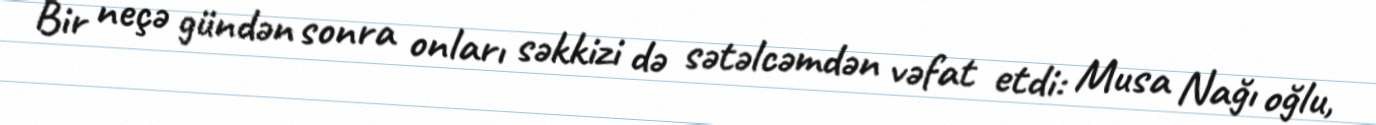
Bir neçə gündən sonra onları səkkizi də sətəlcəmdən vəfat etdi: Musa Nağı oğlu,